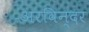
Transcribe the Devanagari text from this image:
अरविन्दर